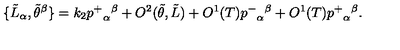
\{ \tilde { L } _ { \alpha } , \tilde { \theta } ^ { \beta } \} = k _ { 2 } { p ^ { + } } _ { \alpha } { } ^ { \beta } + O ^ { 2 } ( \tilde { \theta } , \tilde { L } ) + O ^ { 1 } ( T ) { p ^ { - } } _ { \alpha } { } ^ { \beta } + O ^ { 1 } ( T ) { p ^ { + } } _ { \alpha } { } ^ { \beta } .